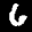
Label: 6